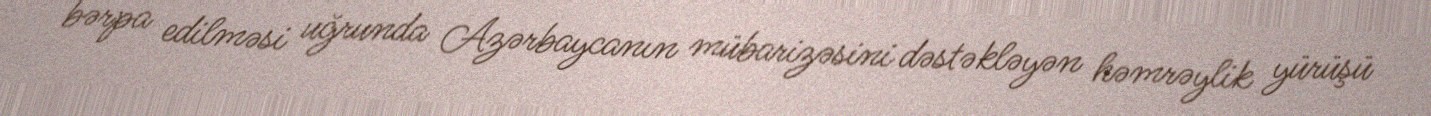
bərpa edilməsi uğrunda Azərbaycanın mübarizəsini dəstəkləyən həmrəylik yürüşü